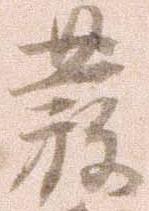
発